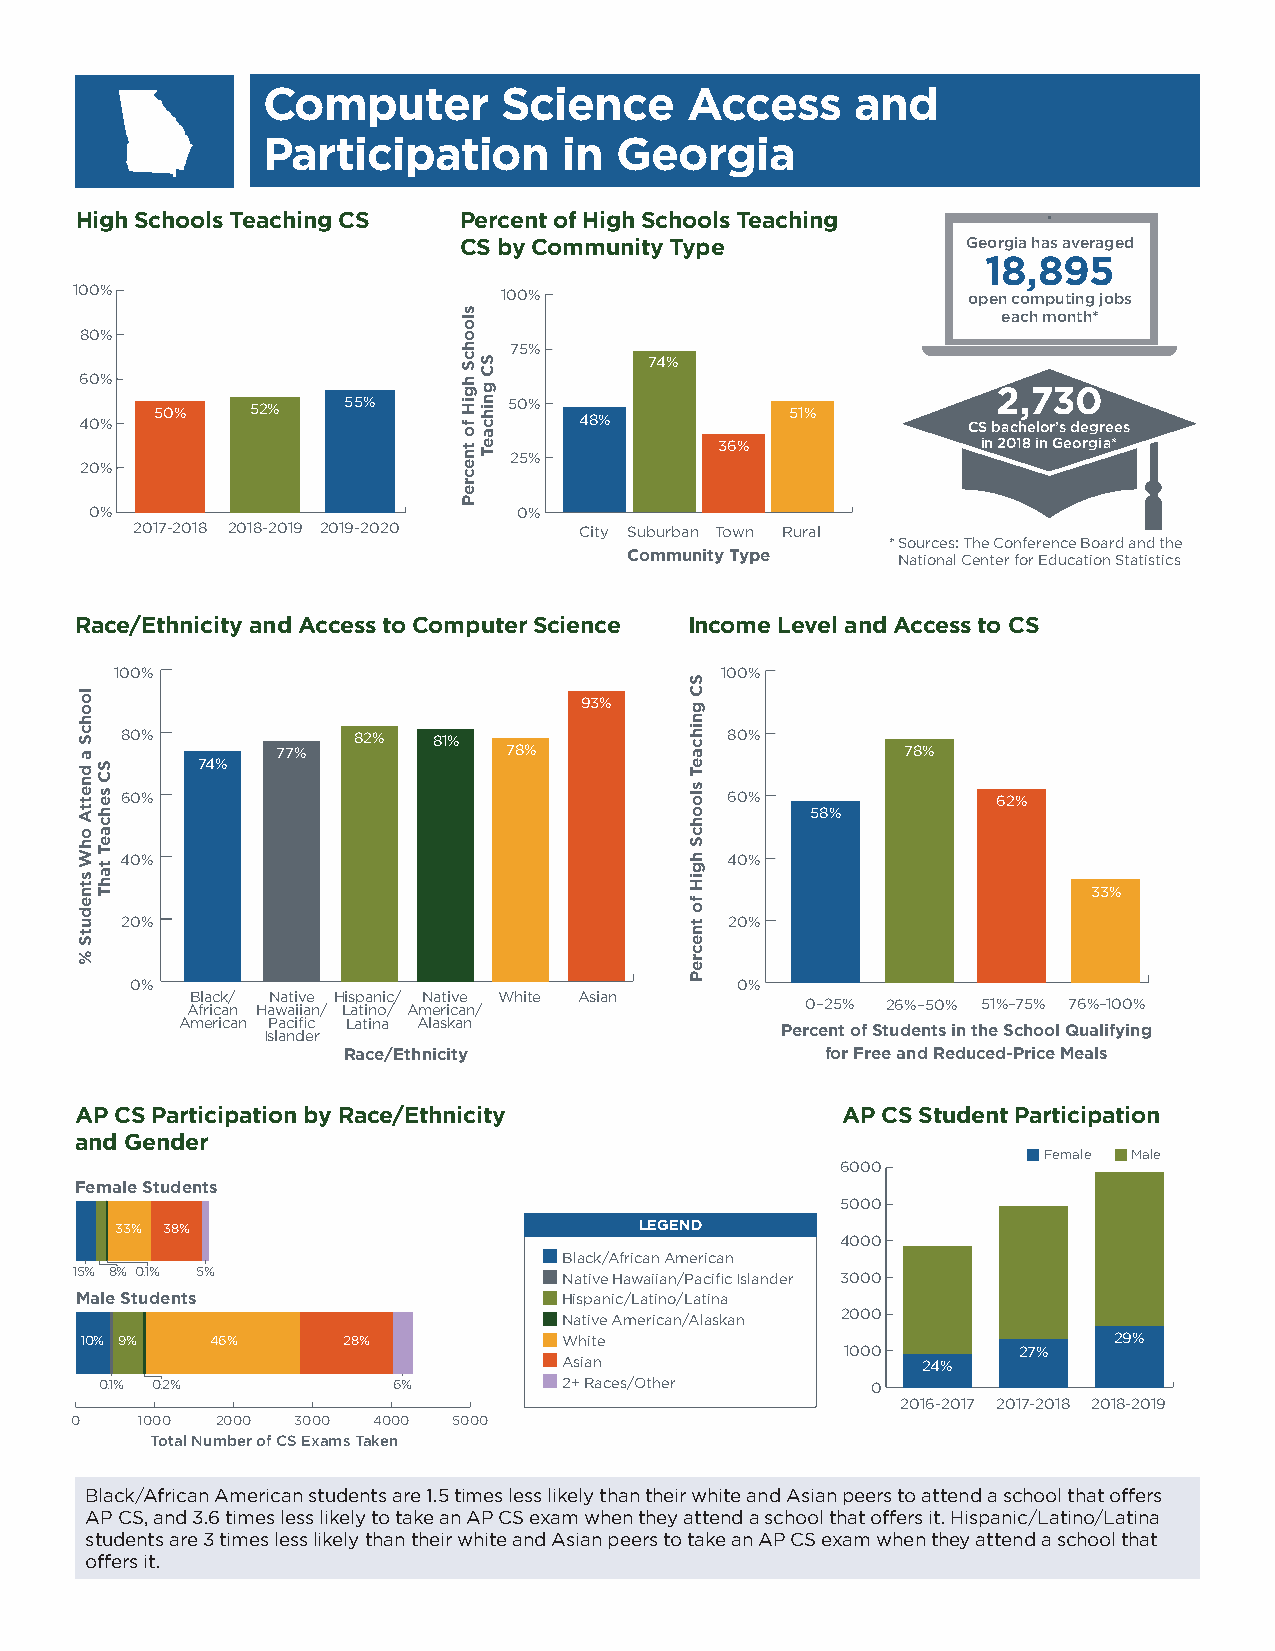
Computer        Science     Access      and
 Participation       in  Georgia
 High Schools Teaching CS Percent of High Schools Teaching
 CS by Community Type              Georgia has averaged
 18,895
 100%                        100%                           open computing jobs
 each month*
 80%
 75%
 74%
 60%                                                          2,730
 50%    52%   55%        50%               51%
 40%                              48%                       CS bachelor’s degrees
 36%              in 2018 in Georgia*
 25%
 20%
 0%                          0%
 2017-2018 2018-2019 2019-2020 City Suburban Town Rural
 * Sources: The Conference Board and the
 Community Type   National Center for Education Statistics
 Race/Ethnicity and Access to Computer Science Income Level and Access to CS
 100%                                    100%
 93%
 80%            82%   81%                80%
 77%            78%                        78%
 74%
 60%                                     60%               62%
 58%
 40%                                     40%
 33%
 20%                                     20%
 0%                                      0%
 AB fl ra ic ck a/ n HaN wa ati iv iae n/ H Lis ap tia nn oic // AmN ea rt ii cv ae n / White Asian 0–25% 26%–50% 51%–75% 76%–100%
 American Pacific Latina Alaskan
 Islander                           Percent of Students in the School Qualifying
 Race/Ethnicity                  for Free and Reduced-Price Meals
 AP CS Participation by Race/Ethnicity              AP CS Student Participation
 and Gender
 Female Male
 6000
 Female Students
 5000
 33% 38%                           LEGEND
 4000
 Black/African American
 15% 8% 0.1% 5%                  Native Hawaiian/Pacific Islander 3000
 Male Students                   Hispanic/Latino/Latina
 2000
 Native American/Alaskan
 10% 9%   46%      28%     8%    White                                29%
 1000       27%
 Asian                   24%
 0.1% 0.2%          6%         2+ Races/Other       0
 2016-2017 2017-2018 2018-2019
 0   1000 2000 3000  4000 5000
 Total Number of CS Exams Taken
 Black/African American students are 1.5 times less likely than their white and Asian peers to attend a school that offers
 AP CS, and 3.6 times less likely to take an AP CS exam when they attend a school that offers it. Hispanic/Latino/Latina
 students are 3 times less likely than their white and Asian peers to take an AP CS exam when they attend a school that
 offers it.
 loohcS
 a
 dnettA
 ohW
 stnedutS
 %
 SC
 sehcaeT
 tahT
 sloohcS
 hgiH
 fo
 tnecreP
 SC
 gnihcaeT
 SC
 gnihcaeT
 sloohcS
 hgiH
 fo
 tnecreP